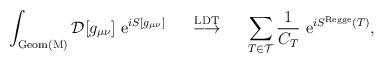
LaTeX: \begin{align*}\int_{\rm Geom(M)} {\cal D}[g_{\mu\nu}]\ {\rm e}^{i S [g_{\mu\nu}]}\;\; \;\;\; \stackrel {\rm LDT}{\longrightarrow}\;\;\;\;\;\sum_{T \in {\cal T}}\frac{1}{C_T}\ {\rm e}^{i S^{\rm Regge}(T)},\end{align*}